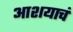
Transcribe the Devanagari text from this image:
आशयाचं